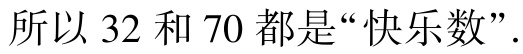
所以 32 和 70 都是“快乐数”.